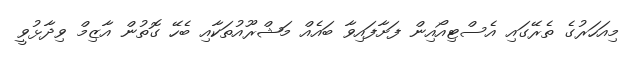
މިއަހަރުގެ ތެރޭގައި އެސްޓިއޯއިން ފަށާފައިވާ ބައެއް މަޝްރޫއުތަކާއި ބެހޭ ގޮތުން އާޒިމް ވިދާޅުވީ